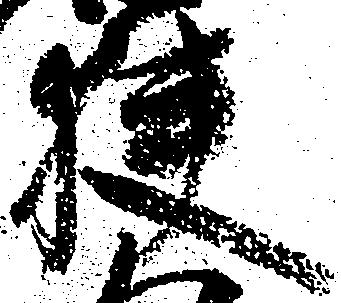
狭